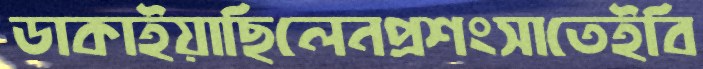
ডাকাইয়াছিলেনপ্রশংসাতেইবি